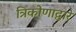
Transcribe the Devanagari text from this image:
त्रिकोणाद्वारे